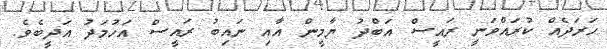
ހަރަދެއް ކުރައްވަނީ ރައީސް އަބްދު ޔާމީން އާއި ނައިބު ރައީސް އަހުމަދު އަދީބެވެ.